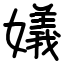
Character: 嬟